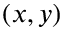
( x , y )